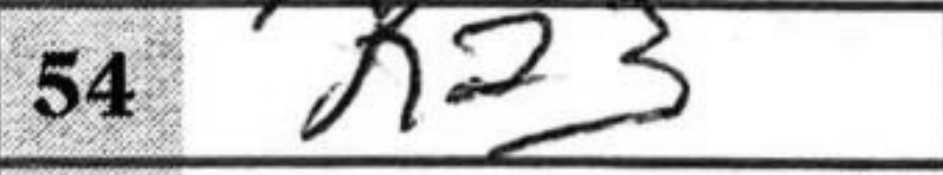
Transcription: Ka3